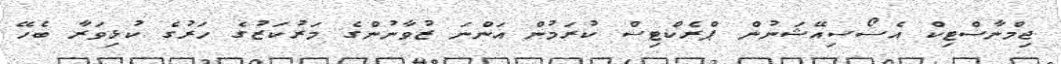
ޖިމްނާސްޓިކް އެސޯސިއޭޝަނުން ޕްރެކްޓިސް ކުރަމުން އަންނަ ޒުވާނުންގެ މަރުކަޒުގެ ހަރުގެ ކުޅިވަރާ ބެހޭ